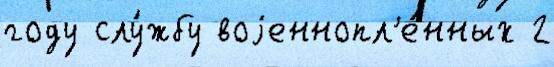
году слу́жбу воjеннопл'е́нных 2